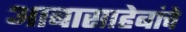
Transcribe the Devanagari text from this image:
आबासाहेबांचे